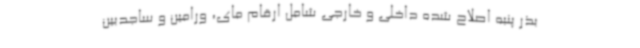
بذر پنبه اصلاح شده داخلی و خارجی شامل ارقام مای، ورامین و ساجدبین